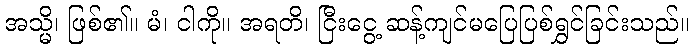
အသ္မိ၊ ဖြစ်၏။ မံ၊ ငါကို။ အရတိ၊ ငြီးငွေ့ ဆန့်ကျင်မပြေပြစ်ရွှင်ခြင်းသည်။